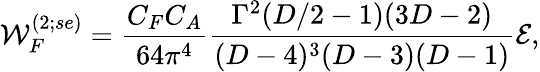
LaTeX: {\cal W}_{F}^{(2;se)}={\frac{C_{F}C_{A}}{64{\pi}^{4}}}{\frac{\Gamma^{2}(D/2-1)(3D-2)}{(D-4)^{3}(D-3)(D-1)}}{\cal E},